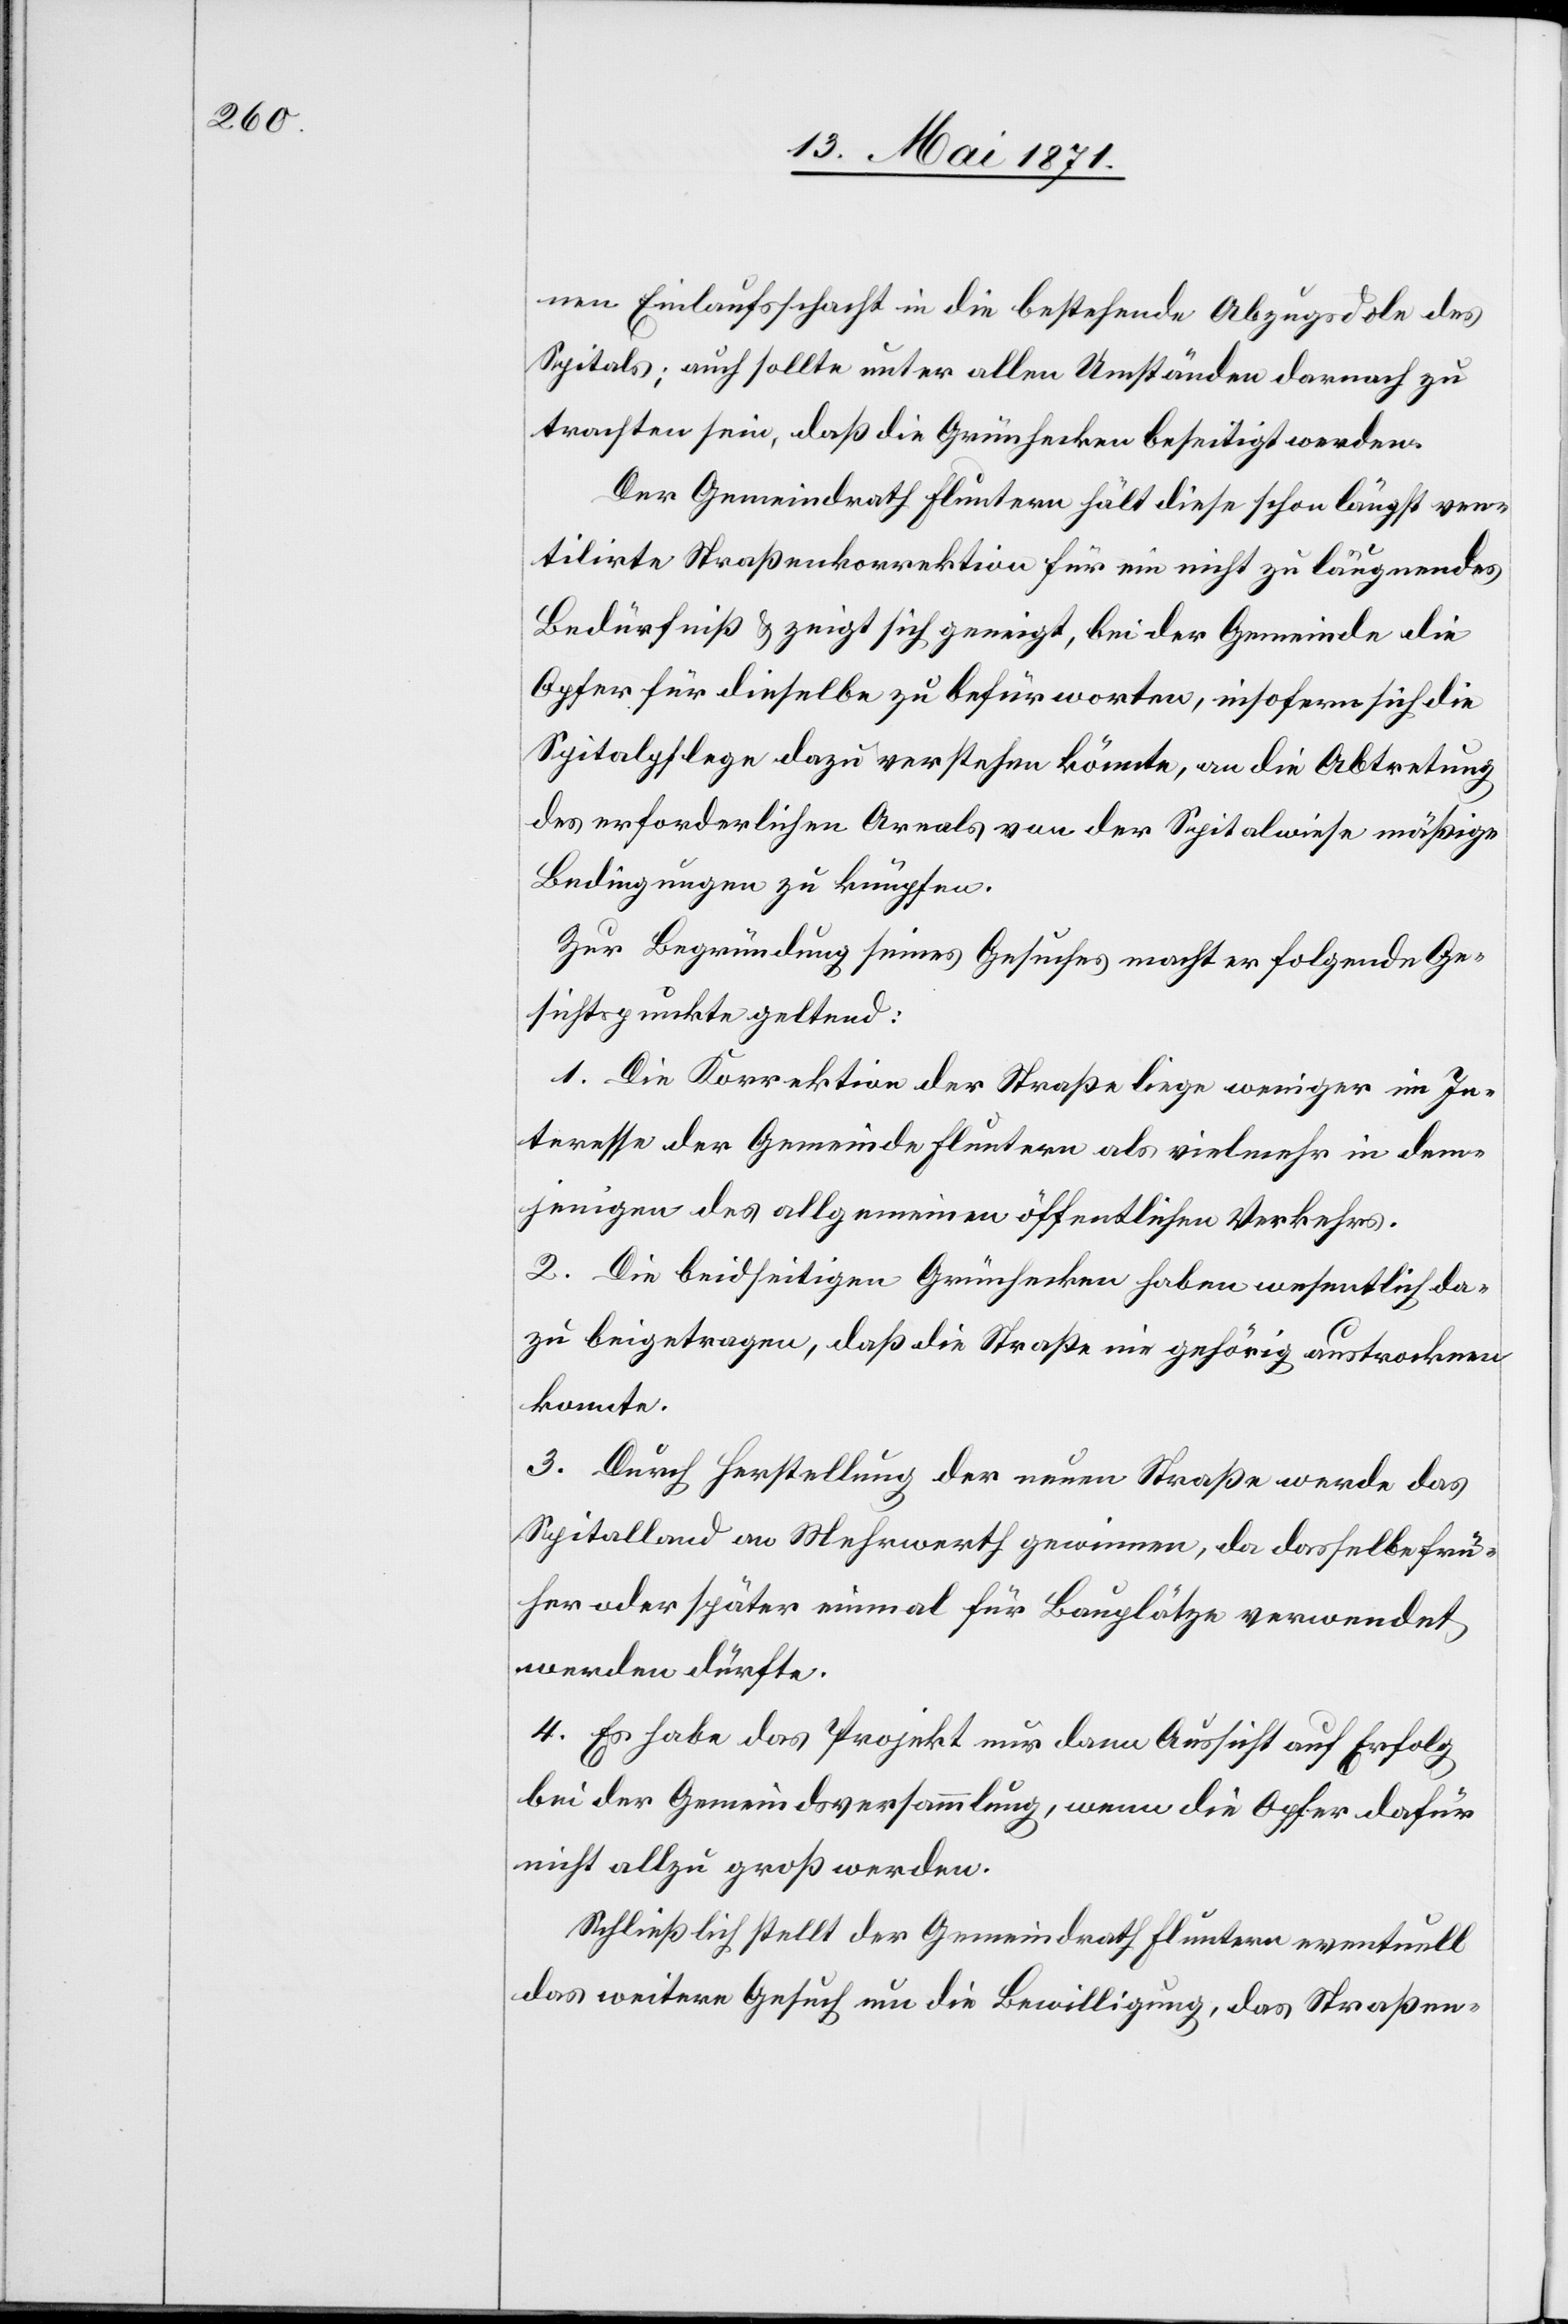
nen Einlaufschacht in die bestehende Abzugsdole des
Spitals; auch sollte unter allen Umständen darnach zu
trachten sein, daß die Grünhecken beseitigt werden.
Der Gemeindrath Fluntern hält diese schon längst ven¬
tilirte Straßenkorrektion für ein nicht zu läugnendes
Bedürfniß u. zeigt sich geneigt, bei der Gemeinde die
Opfer für dieselbe zu befürworten, insofern sich die
Spitalpflege dazu verstehen könnte, an die Abtretung
des erforderlichen Areals von der Spitalwiese mäßige
Bedingungen zu knüpfen.
Zur Begründung seines Gesuches macht er folgende Ge¬
sichtspunkte geltend:
1. Die Korrektion der Straße liege weniger im In¬
teresse der Gemeinde Fluntern als vielmehr in dem¬
jenigen des allgemeinen öffentlichen Verkehrs.
2. Die beidseitigen Grünhecken haben wesentlich da¬
zu beigetragen, daß die Straße nie gehörig austrocknen
konnte.
3. Durch Herstellung der neuen Straße werde das
Spitalland an Mehrwerth gewinnen, da dasselbe frü¬
her oder später einmal für Bauplätze verwendet
werden dürfte.
4. Es habe das Projekt nur dann Aussicht auf Erfolg
bei der Gemeindsversammlung, wenn die Opfer dafür
nicht allzu groß werden.
Schließlich stellt der Gemeindrath Fluntern eventuell
das weitere Gesuch um die Bewilligung, das Straßen-